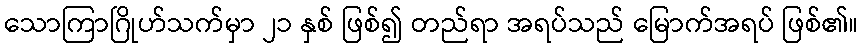
သောကြာဂြိုဟ်သက်မှာ ၂၁ နှစ် ဖြစ်၍ တည်ရာ အရပ်သည် မြောက်အရပ် ဖြစ်၏။